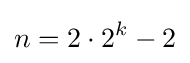
n=2\cdot 2^{k}-2